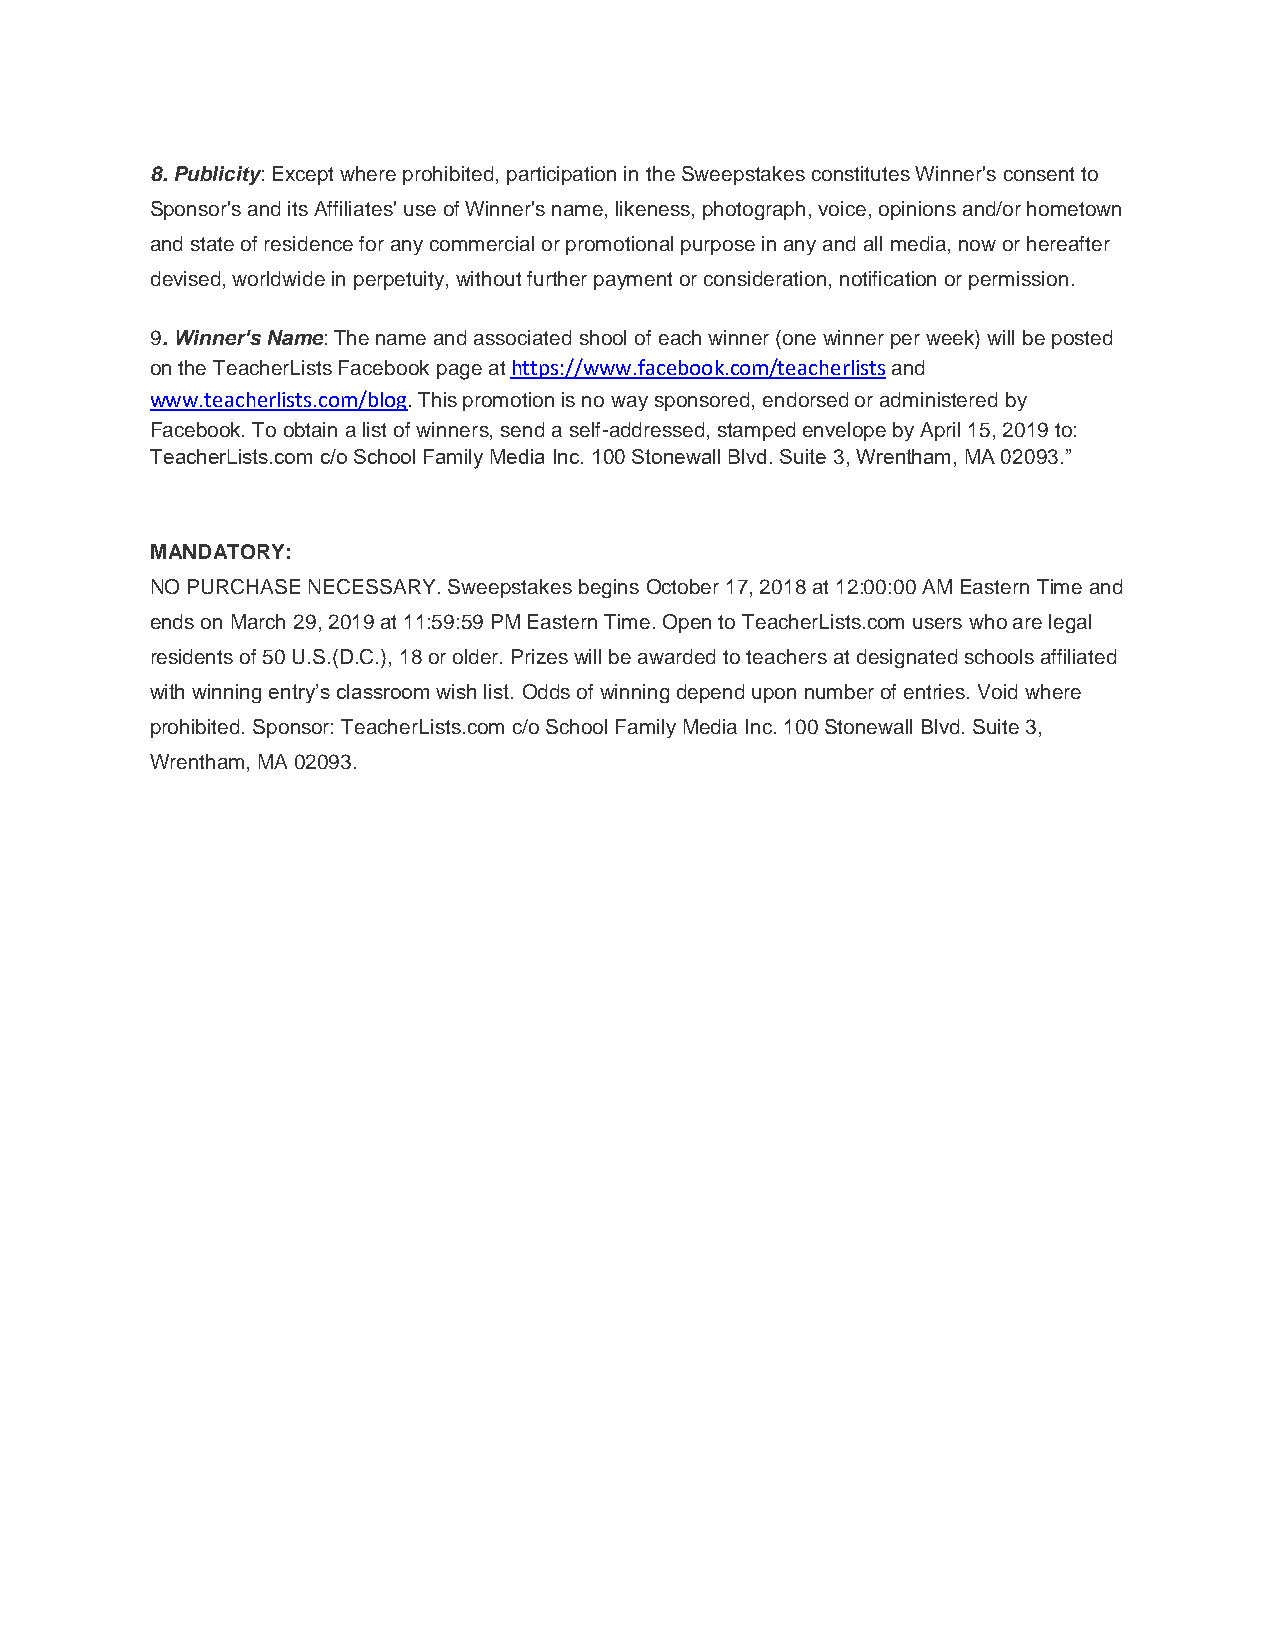
8. Publicity: Except where prohibited, participation in the Sweepstakes constitutes Winner's consent to
 Sponsor's and its Affiliates' use of Winner's name, likeness, photograph, voice, opinions and/or hometown
 and state of residence for any commercial or promotional purpose in any and all media, now or hereafter
 devised, worldwide in perpetuity, without further payment or consideration, notification or permission.
 9. Winner's Name: The name and associated shool of each winner (one winner per week) will be posted
 on the TeacherLists Facebook page at https://www.facebook.com/teacherlists and
 www.teacherlists.com/blog. This promotion is no way sponsored, endorsed or administered by
 Facebook. To obtain a list of winners, send a self-addressed, stamped envelope by April 15, 2019 to:
 TeacherLists.com c/o School Family Media Inc. 100 Stonewall Blvd. Suite 3, Wrentham, MA 02093.”
 MANDATORY:
 NO PURCHASE NECESSARY. Sweepstakes begins October 17, 2018 at 12:00:00 AM Eastern Time and
 ends on March 29, 2019 at 11:59:59 PM Eastern Time. Open to TeacherLists.com users who are legal
 residents of 50 U.S.(D.C.), 18 or older. Prizes will be awarded to teachers at designated schools affiliated
 with winning entry’s classroom wish list. Odds of winning depend upon number of entries. Void where
 prohibited. Sponsor: TeacherLists.com c/o School Family Media Inc. 100 Stonewall Blvd. Suite 3,
 Wrentham, MA 02093.